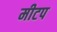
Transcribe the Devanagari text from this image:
मीटप